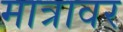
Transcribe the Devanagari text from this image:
मात्रावर